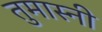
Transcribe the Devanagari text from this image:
तुमास्नी